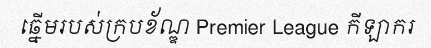
ឆ្នើមរបស់ក្របខ័ណ្ឌ Premier League កីឡាករ